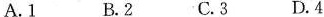
A.1 B.2 C.3 D.4